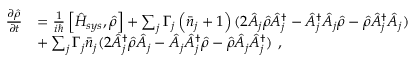
\begin{array} { r l } { { \frac { \partial \hat { \rho } } { \partial t } } } & { = \frac { 1 } { i \hbar } \left[ \hat { H } _ { s y s } , \hat { \rho } \right] + \sum _ { j } \Gamma _ { j } \left( \bar { n } _ { j } + 1 \right) ( 2 \hat { A } _ { j } \hat { \rho } \hat { A } _ { j } ^ { \dagger } - \hat { A } _ { j } ^ { \dagger } \hat { A } _ { j } \hat { \rho } - \hat { \rho } \hat { A } _ { j } ^ { \dagger } \hat { A } _ { j } ) \, \, } \\ & { + \sum _ { j } \Gamma _ { j } \bar { n } _ { j } ( 2 \hat { A } _ { j } ^ { \dagger } \hat { \rho } \hat { A } _ { j } - \hat { A } _ { j } \hat { A } _ { j } ^ { \dagger } \hat { \rho } - \hat { \rho } \hat { A } _ { j } \hat { A } _ { j } ^ { \dagger } ) \, \, , } \end{array}